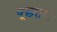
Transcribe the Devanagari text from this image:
पूछता।